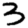
Digit: 3